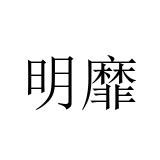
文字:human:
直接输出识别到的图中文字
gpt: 明靡